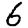
Digit: 6